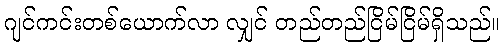
ဂျင်ကင်းတစ်ယောက်လာ လျှင် တည်တည်ငြိမ်ငြိမ်ရှိသည်။